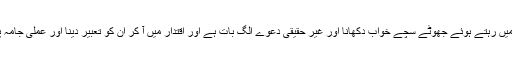
وہ یہ جان لے کہ حزب اختلاف میں رہتے ہوئے جھوٹے سچے خواب دکھانا اور غیر حقیقی دعوے الگ بات ہے اور اقتدار میں آ کر ان کو تعبیر دینا اور عملی جامہ پہنانا ایک بالکل الگ معاملہ ہے۔